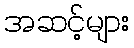
အဆင့်များ